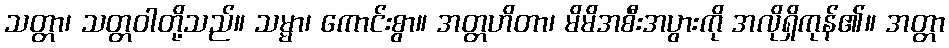
သတ္တာ၊ သတ္တဝါတို့သည်။ သမ္မာ၊ ကောင်းစွာ။ အတ္တဟိတာ၊ မိမိအစီးအပွားကို အလိုရှိကုန်၏။ အတ္တာ